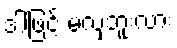
ဒါဖြင့် မလှဘူးလား